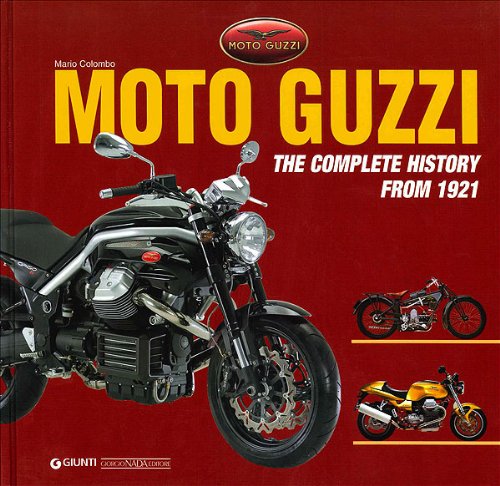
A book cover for Moto Guzzi: The Complete History from 1921; Mario Colombo; Arts & Photography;